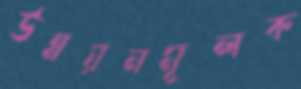
উন্নয়নমূলক